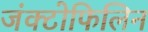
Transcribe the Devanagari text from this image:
जंक्टोफिलिन